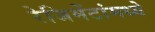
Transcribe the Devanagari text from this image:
रेजिमेंटांमध्ये